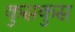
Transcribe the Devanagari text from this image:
कुसकुस